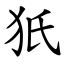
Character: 㹝